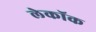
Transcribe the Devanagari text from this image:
लेकॉक